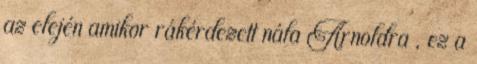
az elején amikor rákérdezett nála Arnoldra , ez a